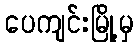
ပေကျင်းမြို့မှ